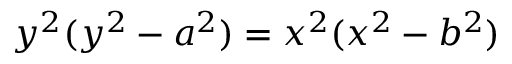
y ^ { 2 } ( y ^ { 2 } - a ^ { 2 } ) = x ^ { 2 } ( x ^ { 2 } - b ^ { 2 } )